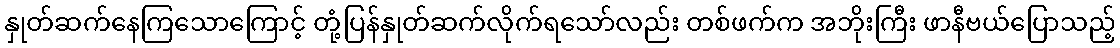
နှုတ်ဆက်နေကြသောကြောင့် တုံ့ပြန်နှုတ်ဆက်လိုက်ရသော်လည်း တစ်ဖက်က အဘိုးကြီး ဖာနီဗယ်ပြောသည့်